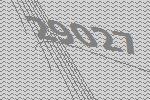
29027